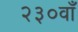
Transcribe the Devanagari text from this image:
२३०वाँ